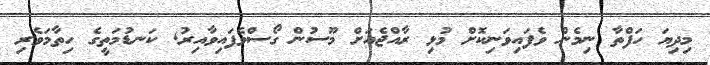
މިދިޔަ ހަފްތާ ނިމެން ވެފައިވަނިކޮށް މުޅި ރާއްޖެއަށް މޫސުން ގޯސްވެފައިވާއިރު